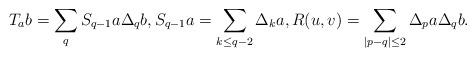
LaTeX: \begin{align*} & T_{a}b= \sum_{q} S_{q-1}a \Delta_{q} b, S_{q-1}a= \sum_{k \leq q-2} \Delta_{k}a, R(u,v)= \sum_{|p-q| \leq 2} \Delta_{p} a \Delta_{q}b. \end{align*}